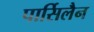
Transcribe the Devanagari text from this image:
पार्सिलैन